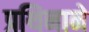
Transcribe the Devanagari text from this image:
प्रथिनाने